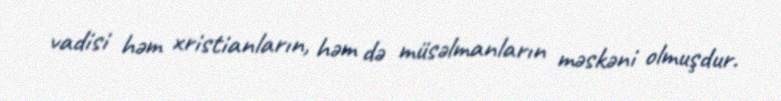
vadisi həm xristianların, həm də müsəlmanların məskəni olmuşdur.